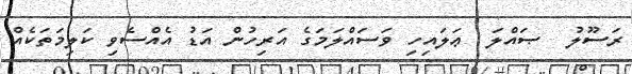
ރަސޫލު  ޞައްލަ  ޢަލައިހި ވަސައްލަމަގެ އަރިހުން އަޑު އެއްސެވި ކަލިމަތަކެއް